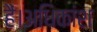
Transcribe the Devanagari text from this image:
हैं।अधिकांश